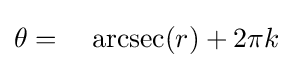
\theta =\;\;\;\,\operatorname {arcsec} (r)+2\pi k